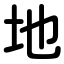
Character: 地